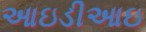
આઇડીઆઇ